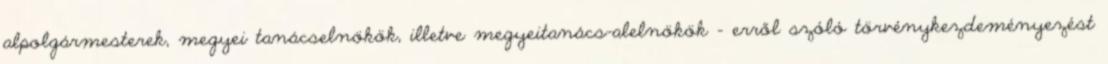
alpolgármesterek, megyei tanácselnökök, illetve megyeitanács-alelnökök – erről szóló törvénykezdeményezést